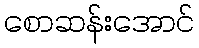
စောဆန်းအောင်